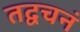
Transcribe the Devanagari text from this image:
तद्वचनं